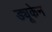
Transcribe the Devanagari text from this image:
ड्यूकेन